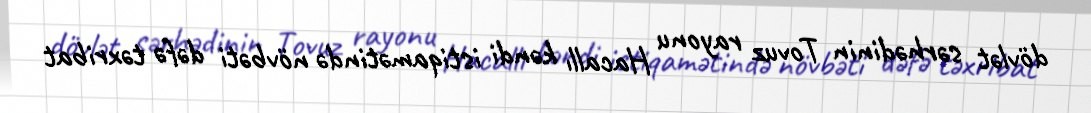
dövlət sərhədinin Tovuz rayonu Hacallı kəndi istiqamətində növbəti dəfə təxribat